Plague in India, 1896, 1897 - Volume 2
Year: 1896
Disease focus: Plague
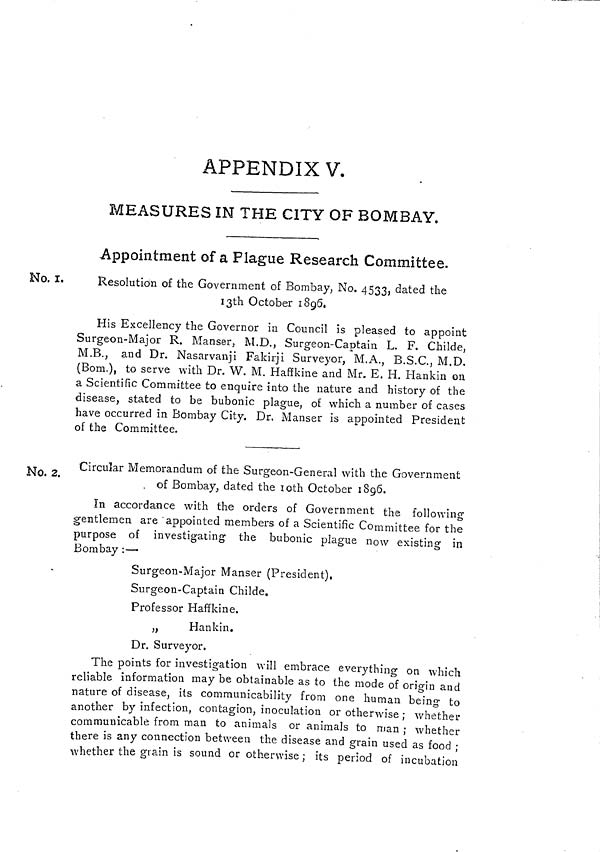
APPENDIX V.
MEASURES IN THE CITY OF BOMBAY.
Appointment of a Plague Research Committee.
No. 1.
Resolution of the Government of Bombay, No, 4533, dated the
13th October 1896,
His Excellency the Governor in Council is pleased to appoint
Surgeon-Major R. Manser, M.D., Surgeon-Captain L. F. Childe,
M.B., and Dr. Nasarvanji Fakirji Surveyor, M.A., B.S.C., M.D.
(Bom.), to serve with Dr. W. M. Haffkine and Mr. E. H. Hankin on
a Scientific Committee to enquire into the nature and history of the
disease, stated to be bubonic plague, of which a number of cases
have occurred in Bombay City. Dr. Manser is appointed President
of the Committee.
No. 2. Circular Memorandum of the Surgeon-General with the Government
. of Bombay, dated the 10th October 1896.
In accordance with the orders of Government the following
gentlemen are 'appointed members of a Scientific Committee for the
purpose of investigating the bubonic plague now existing in
Bombay :—
Surgeon-Major Manser (President),
Surgeon-Captain Childe.
Professor Haffkine.
„
Hankin.
Dr. Surveyor.
The points for investigation will embrace everything on which
reliable information may be obtainable as to the mode of origin and
nature of disease, its communicability from one human being to
another by infection, contagion, inoculation or otherwise ; whether
communicable from man to animals or animals to man ; whether
there is any connection between the disease and grain used as food ;
whether the grain is sound or otherwise ; its period of incubation